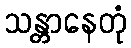
သန္တာနေတုံ